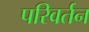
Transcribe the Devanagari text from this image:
परिवर्तन